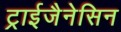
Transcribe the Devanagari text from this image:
ट्राईजैनेसिन